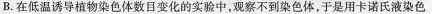
B.在低温诱导植物染色体数目变化的实验中，观察不到染色体，于是用卡诺氏液染色